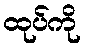
ထုပ်ကို